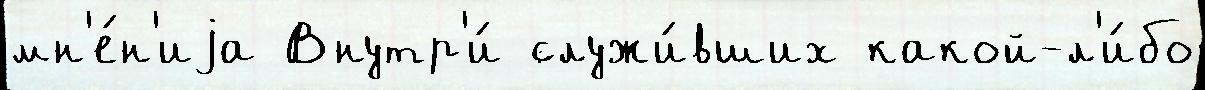
мн'е́н'иjа Внутр'и́ служи́вших какой-л'и́бо